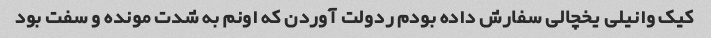
کیک وانیلی یخچالی سفارش داده بودم ردولت آوردن که اونم به شدت مونده و سفت بود